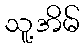
သူ့အိမ်